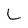
Character: L